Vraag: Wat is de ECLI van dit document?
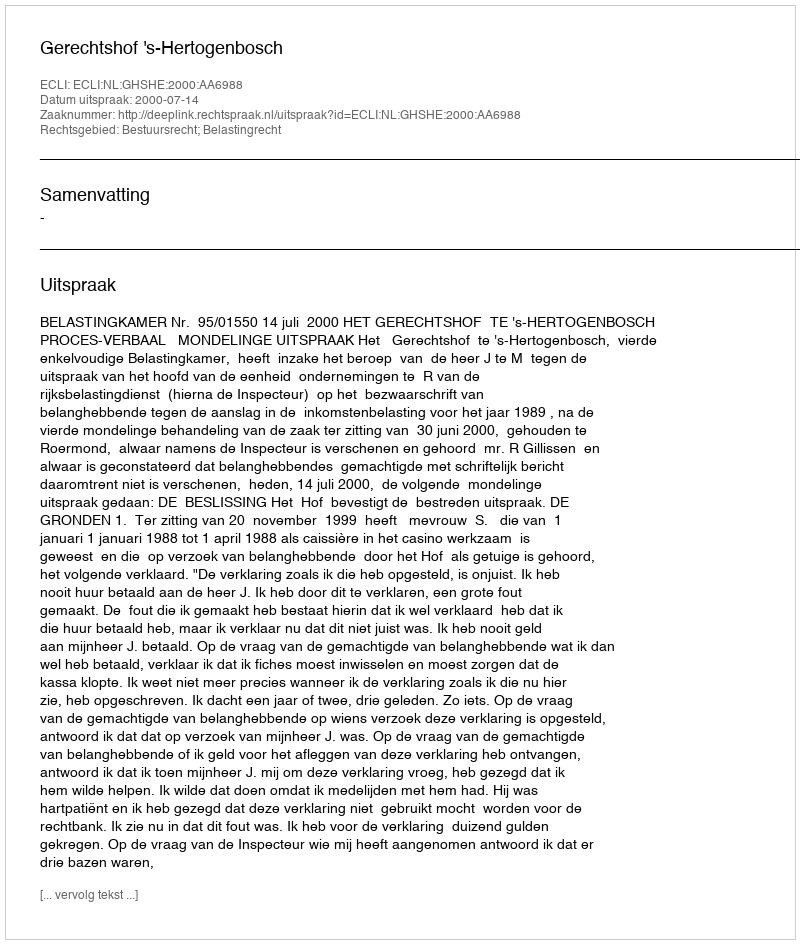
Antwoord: ECLI:NL:GHSHE:2000:AA6988